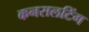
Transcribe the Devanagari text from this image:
कनसलटिंग